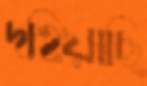
দহিয়াছি